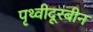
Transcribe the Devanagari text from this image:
पृथ्वीदूरबीन